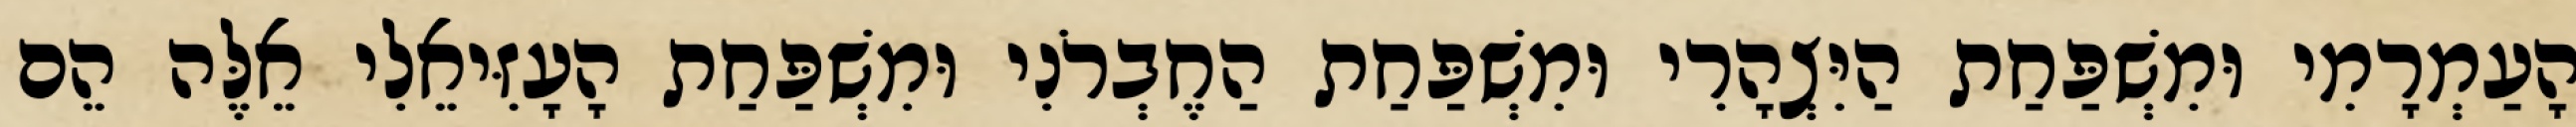
הָעַמְרָמִי וּמִשְׁפַּחַת הַיִּצְהָרִי וּמִשְׁפַּחַת הַחֶבְרֹנִי וּמִשְׁפַּחַת הָעָזִּיאֵלִי אֵלֶּה הֵם